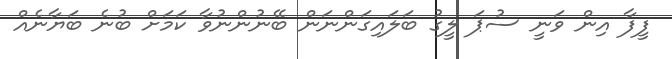
ފީފާ އިން ވަނީ ސުޕަ ލީގު ބަލައިގަންނަން ބޭނުންނުވާ ކަމަށް ބުނެ ބަޔާނެއް